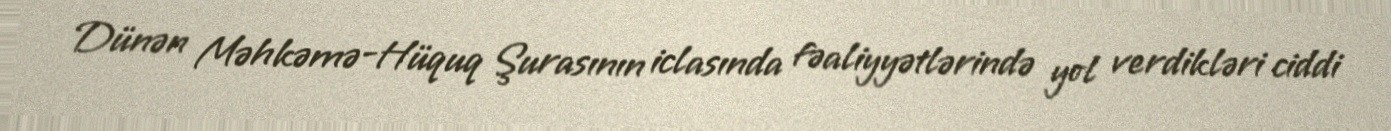
Dünən Məhkəmə-Hüquq Şurasının iclasında fəaliyyətlərində yol verdikləri ciddi